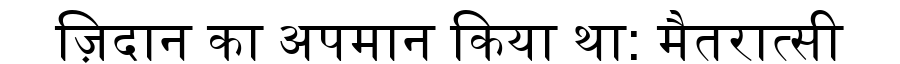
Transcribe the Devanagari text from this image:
ज़िदान का अपमान किया था: मैतरात्सी